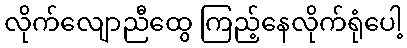
လိုက်လျောညီထွေ ကြည့်နေလိုက်ရုံပေါ့